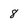
Character: 8